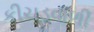
કીચડવાળી